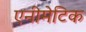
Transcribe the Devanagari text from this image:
एनीमेटिक